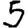
Digit: 5